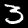
Label: 3